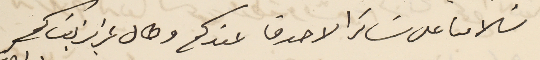
سَلامنا على سَائر الاصدقا عندكم وطال عزيز بقاكم